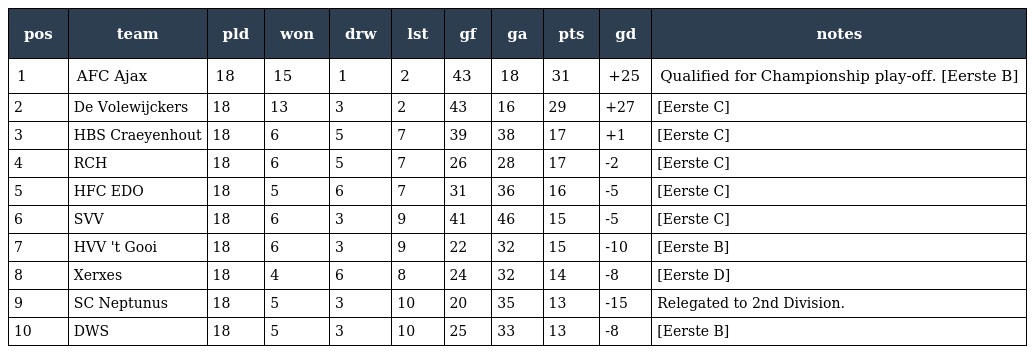
| pos | team | pld | won | drw | lst | gf | ga | pts | gd | notes |
 | --- | --- | --- | --- | --- | --- | --- | --- | --- | --- | --- |
 | 1 | AFC Ajax | 18 | 15 | 1 | 2 | 43 | 18 | 31 | +25 | Qualified for Championship play-off. [Eerste B] |
 | 2 | De Volewijckers | 18 | 13 | 3 | 2 | 43 | 16 | 29 | +27 | [Eerste C] |
 | 3 | HBS Craeyenhout | 18 | 6 | 5 | 7 | 39 | 38 | 17 | +1 | [Eerste C] |
 | 4 | RCH | 18 | 6 | 5 | 7 | 26 | 28 | 17 | -2 | [Eerste C] |
 | 5 | HFC EDO | 18 | 5 | 6 | 7 | 31 | 36 | 16 | -5 | [Eerste C] |
 | 6 | SVV | 18 | 6 | 3 | 9 | 41 | 46 | 15 | -5 | [Eerste C] |
 | 7 | HVV 't Gooi | 18 | 6 | 3 | 9 | 22 | 32 | 15 | -10 | [Eerste B] |
 | 8 | Xerxes | 18 | 4 | 6 | 8 | 24 | 32 | 14 | -8 | [Eerste D] |
 | 9 | SC Neptunus | 18 | 5 | 3 | 10 | 20 | 35 | 13 | -15 | Relegated to 2nd Division. |
 | 10 | DWS | 18 | 5 | 3 | 10 | 25 | 33 | 13 | -8 | [Eerste B] |